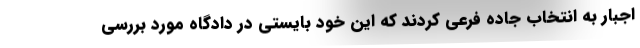
اجبار به انتخاب جاده فرعی کردند که این خود بایستی در دادگاه مورد بررسی